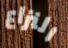
النزاع